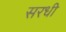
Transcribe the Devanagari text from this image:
सरधी